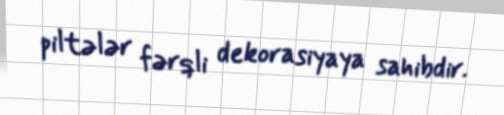
piltələr fərqli dekorasiyaya sahibdir.